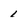
Character: 1